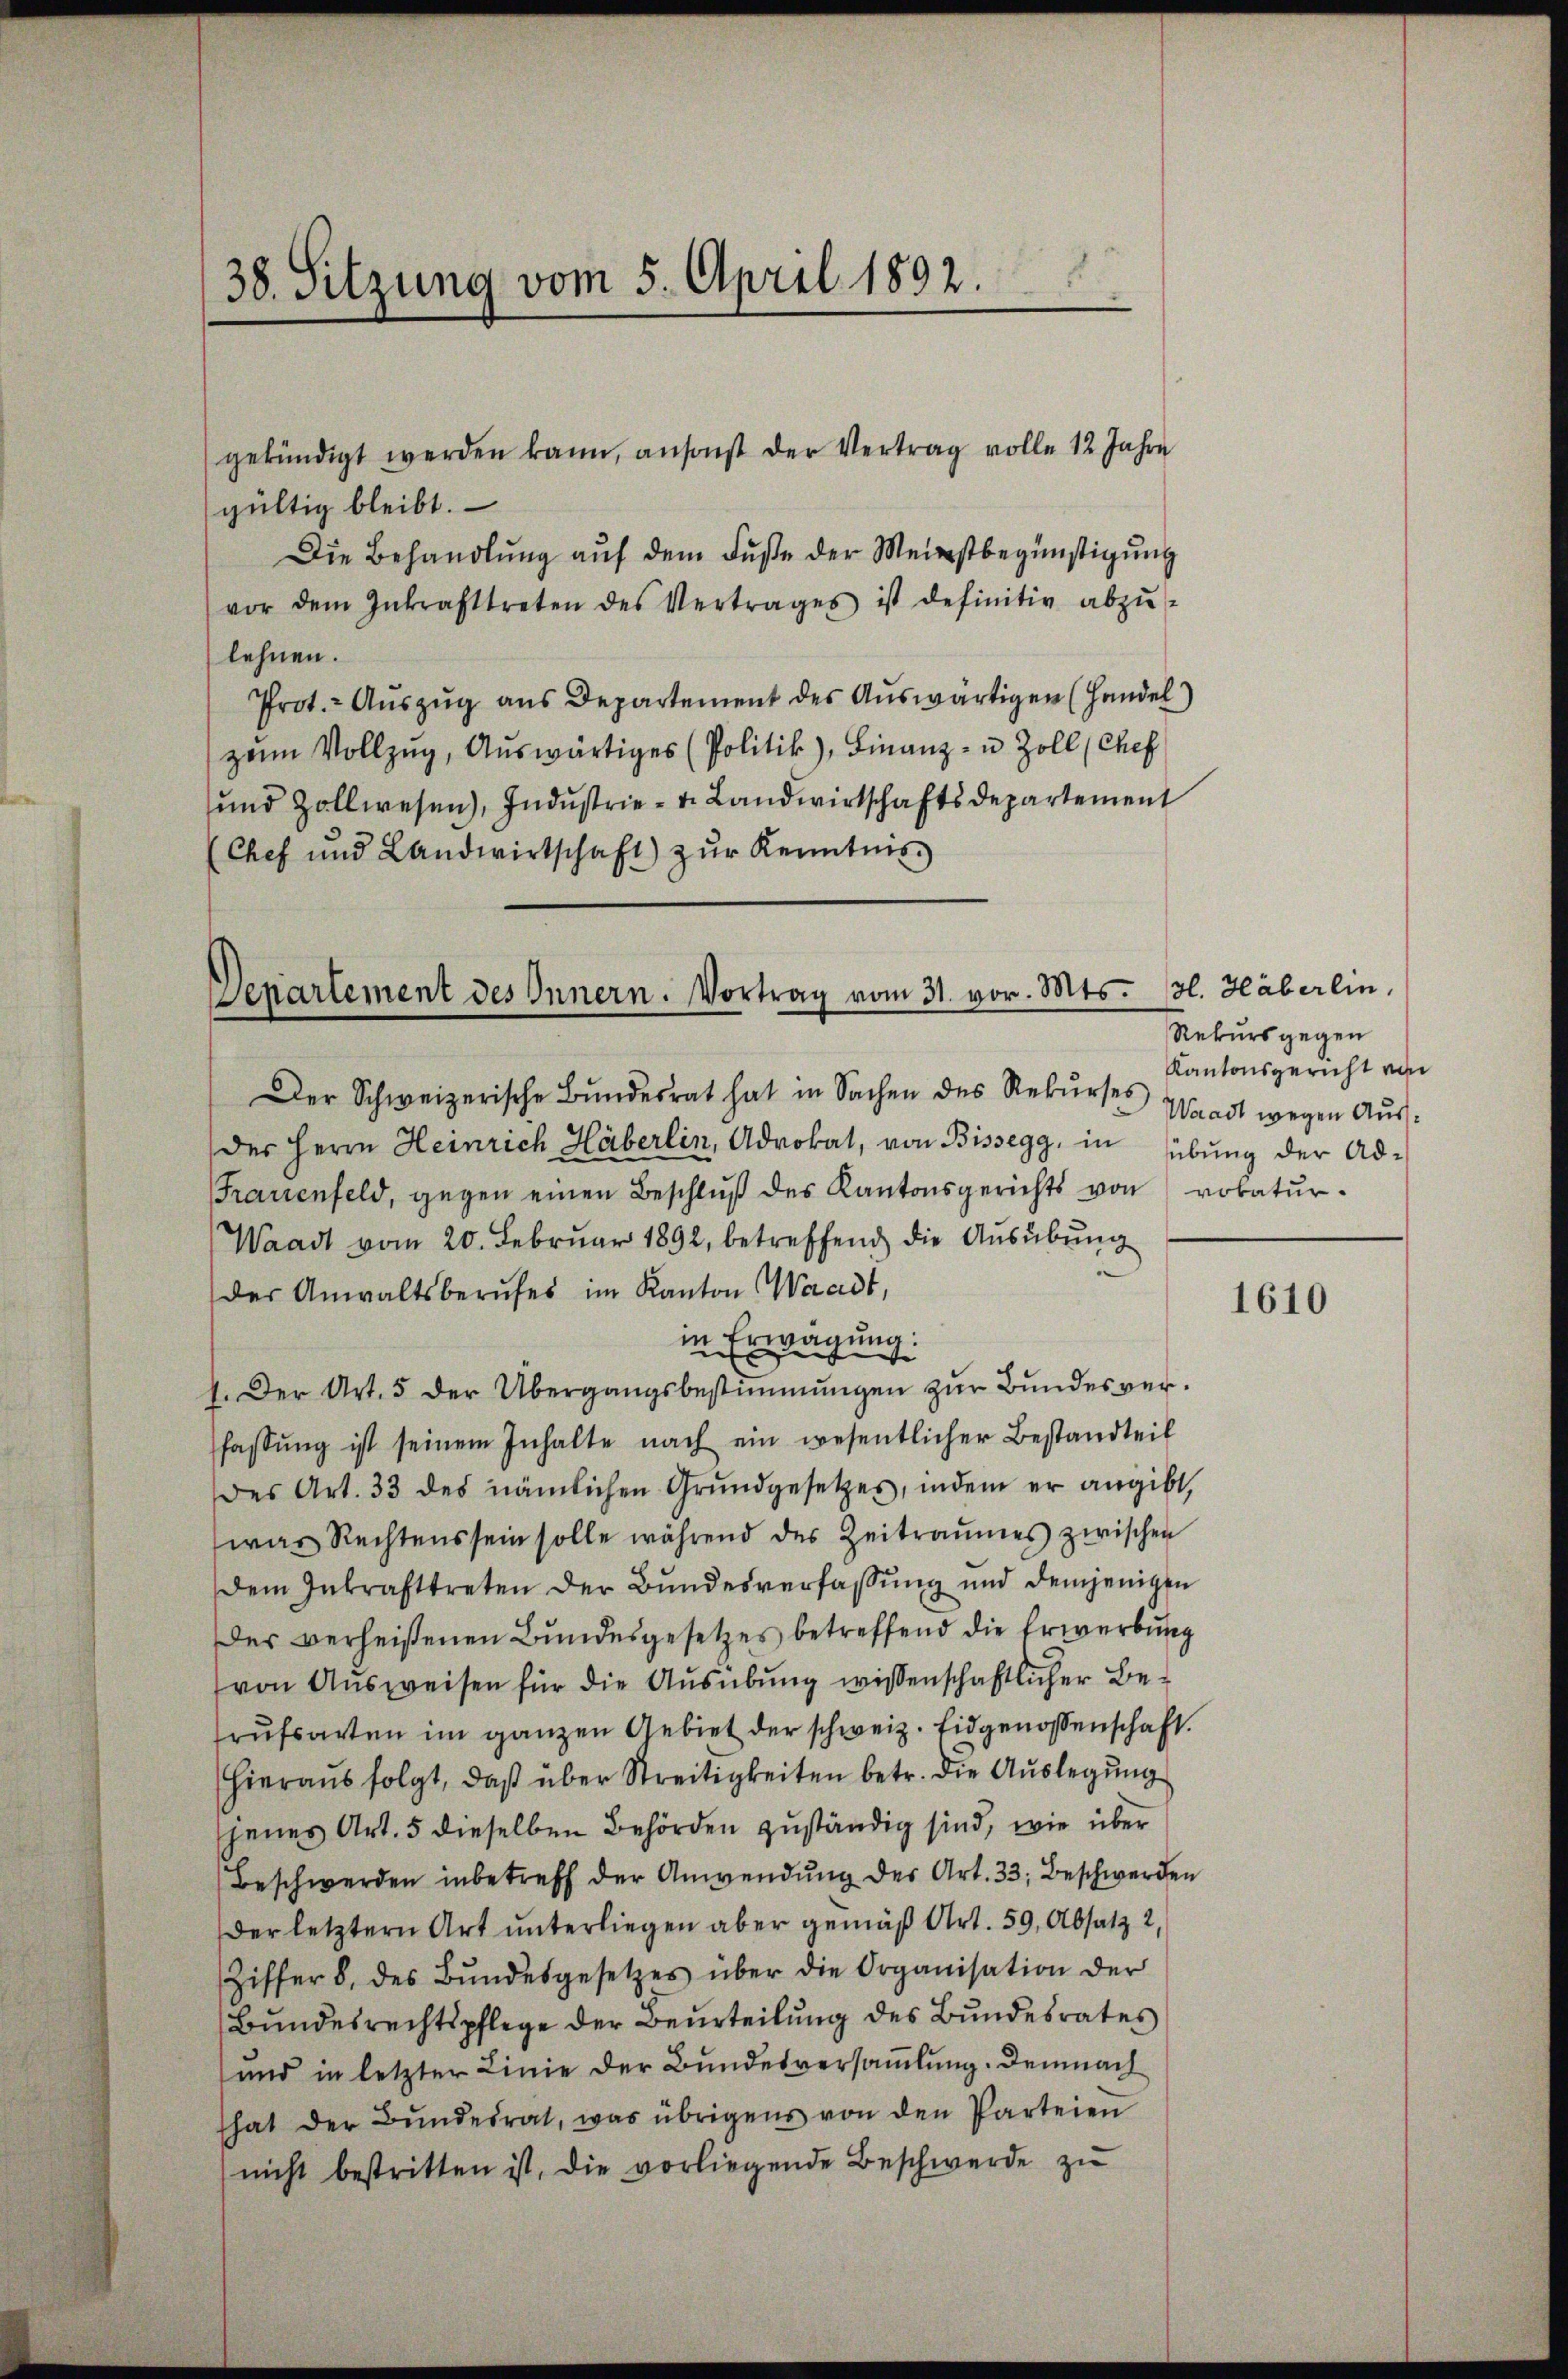
38. Sitzung vom 5. April 1892.

gekündigt werden kann, ansonst der Vertrag volle 12 Jahre
gültig bleibt.
Die Behandlŭng aŭf dem Fuße der Meistbegünstigung
vor dem Inkrafttreten des Vertrages ist definitiv abzŭ-
lehnen.
Prot. Auszug aus Departement des Auswärtigen (Handel)
zum Vollzug, Auswärtiges (Politik), Finanz- u. Zoll (Chef
und Zollwesen), Indŭstrie-v. Landwirtschaftsdepartement
(Chef und Landwirtschaft) zŭr Kenntnis.

Denartement des Innern. Vortrag vom 31. vor. Mts.

Der Schweizerische Bŭndesrat hat in Sachen des Rekŭrses Waadt wegen Aŭs-
der Herrn Heinrich Häberlin, Advokat, von Bissegg, in übung der Ad¬
Frauenfeld, gegen einen Beschlŭβ des Kantonsgerichts von vokatur-
Waadt vom 20. Febrŭar 1892, betreffend die Aŭsübŭng
der Anwaltsberufes im Kanton Waadt,
in Erwägung:
1. Der Art. 5 der Übergangsbestimmungen zŭr Bundesverfassŭng ist seinem Inhalte nach ein wesentlicher Bestandteil
des Art. 33 des nämlichen Grundgesetzes, indem er angibt,
was Rechtens sein solle während des Zeitraumes zwischen
dem Inkrafttreten der Bundesverfassung und demjenigen
Der verheißenen Bundesgesetzes betreffend die Erwerbung
von Ausweisen für die Ausübung wissenschaftlicher Berufsarten im ganzen Gebiet der schweiz. Eidgenossenschaft.
Hieraus folgt, daß über Streitigkeiten betr. die Auslegung
jenes Art. 5 dieselben Behörden zuständig sind, wie über
Beschwerden inbetreff der Anwendŭng der Art. 33. Beschwerden
der letztern Art unterliegen aber gemäß Art. 59, Absatz 2,
Ziffer 8. des Bŭndesgesetzes über die Organisation der
Bundesrechtspflege der Beurteilung des Bundesrates
und in letzter Linie der Bundesversammlung. Demnach
that der Bŭndesrat, was übrigens von den Parteien
nicht bestritten ist, die vorliegende Beschwerde zŭ

gl. Häberlin,
Rekurs gegen
Kantonsgericht von

1610